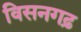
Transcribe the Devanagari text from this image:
विसनगढ़